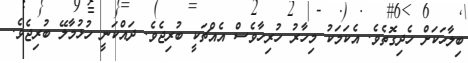
ބިލާހަކަށް ހެދިގޮތެވެ. އެކަމަކު މިހާރު ހުރިހާވެސް އެއްޗަކީ ބުރިޖެވެ. ދައްކަނީ ހުޅުމާލޭ ބުރިޖެވެ.